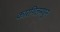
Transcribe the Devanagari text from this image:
कारगिलमधून